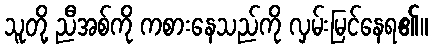
သူတို့ ညီအစ်ကို ကစားနေသည်ကို လှမ်းမြင်နေရ၏။